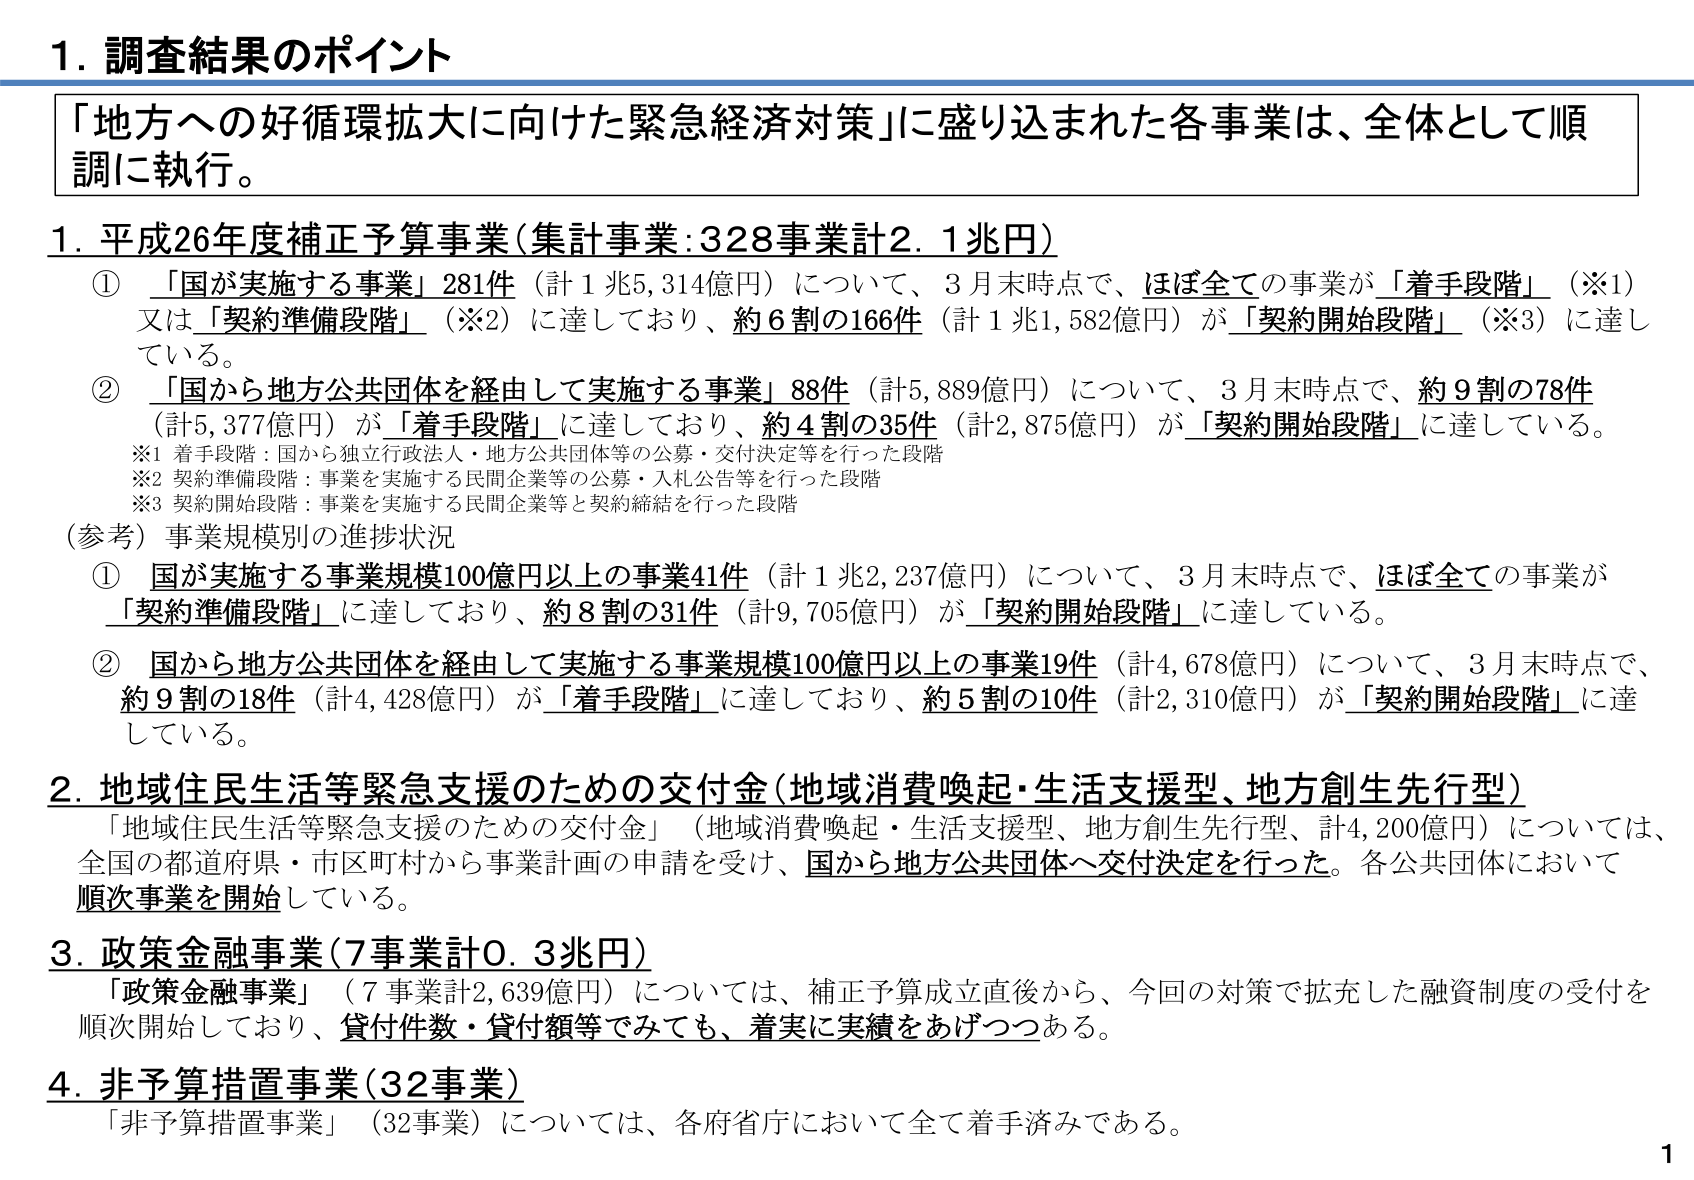
1. 調査結果のポイント

「地方への好循環拡大に向けた緊急経済対策」に盛り込まれた各事業は、全体として順調に執行。

1. 平成26年度補正予算事業（集計事業：328事業計2.1兆円）

① 「国が実施する事業」281件（計1兆5,314億円）について、3月末時点で、ほぼ全ての事業が「着手段階」（※1）又は「契約準備段階」（※2）に達しており、約6割の166件（計1兆1,582億円）が「契約開始段階」（※3）に達している。

② 「国から地方公共団体を経由して実施する事業」88件（計5,889億円）について、3月末時点で、約9割の78件（計5,377億円）が「着手段階」に達しており、約4割の35件（計2,875億円）が「契約開始段階」に達している。

※1 着手段階：国から独立行政法人・地方公共団体等の公募・交付決定等を行った段階
※2 契約準備段階：事業を実施する民間企業等の公募・入札公告等を行った段階
※3 契約開始段階：事業を実施する民間企業等と契約締結を行った段階

（参考）事業規模別の進捗状況

① 国が実施する事業規模100億円以上の事業41件（計1兆2,237億円）について、3月末時点で、ほぼ全ての事業が「契約準備段階」に達しており、約8割の31件（計9,705億円）が「契約開始段階」に達している。

② 国から地方公共団体を経由して実施する事業規模100億円以上の事業19件（計4,678億円）について、3月末時点で、約9割の18件（計4,428億円）が「着手段階」に達しており、約5割の10件（計2,310億円）が「契約開始段階」に達している。

2. 地域住民生活等緊急支援のための交付金（地域消費喚起・生活支援型、地方創生先行型）

「地域住民生活等緊急支援のための交付金」（地域消費喚起・生活支援型、地方創生先行型、計4,200億円）については、全国の都道府県・市区町村から事業計画の申請を受け、国から地方公共団体へ交付決定を行った。各公共団体において順次事業を開始している。

3. 政策金融事業（7事業計0.3兆円）

「政策金融事業」（7事業計2,639億円）については、補正予算成立直後から、今回の対策で拡充した融資制度の受付を順次開始しており、貸付件数・貸付額等でみても、着実に実績をあげつつある。

4. 非予算措置事業（32事業）

「非予算措置事業」（32事業）については、各府省庁において全て着手済みである。

1